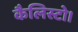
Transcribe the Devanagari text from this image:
कैलिस्टो।